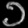
Digit: ၁